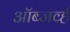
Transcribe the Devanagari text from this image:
ऑब्जर्व्ह